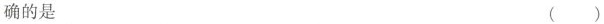
确的是_ ( )